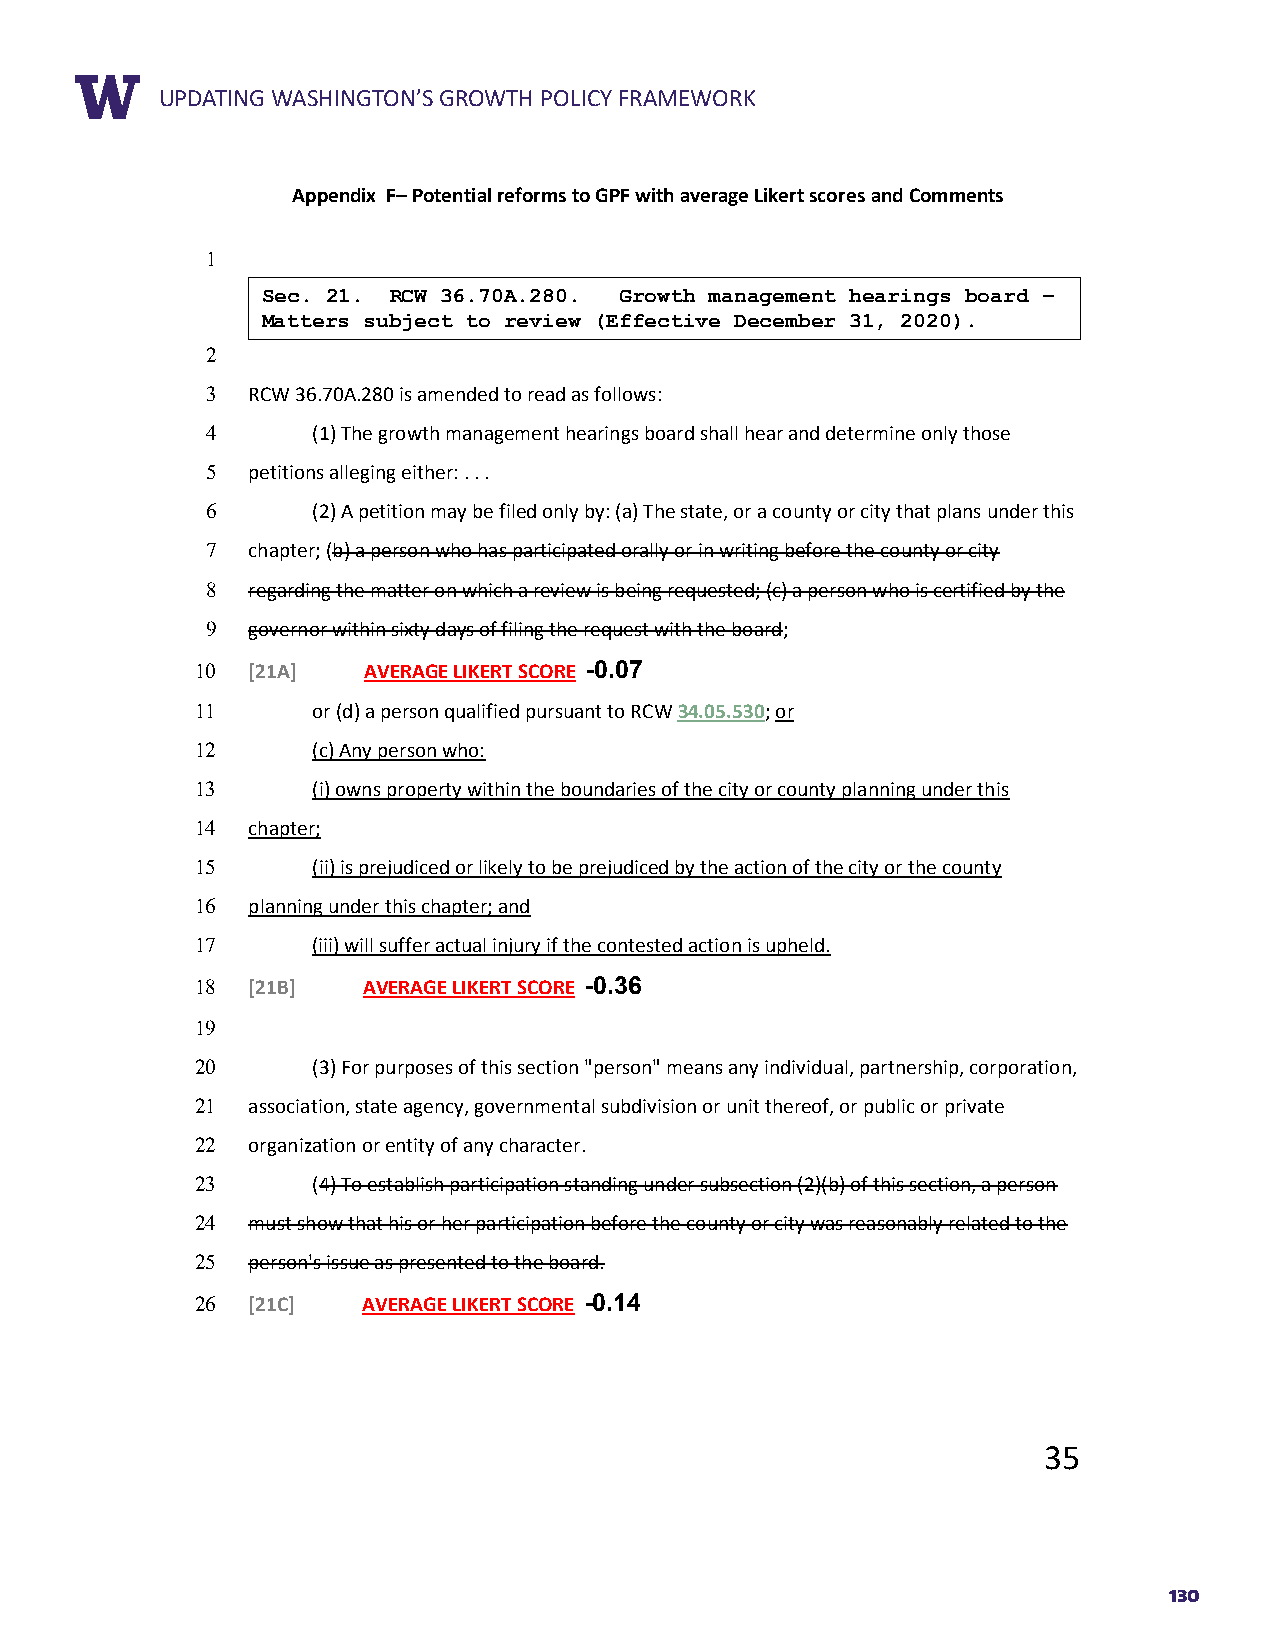
RUEPPDOARTTIN TGIT WLEASHINGTON’S GROWTH POLICY FRAMEWORK
 Appendix F– Potential reforms to GPF with average Likert scores and Comments
 1
 Sec. 21. RCW 36.70A.280. Growth management hearings board –
 Matters subject to review (Effective December 31, 2020).
 2
 3 RCW 36.70A.280 is amended to read as follows:
 4      (1) The growth management hearings board shall hear and determine only those
 5 petitions alleging either: . . .
 6      (2) A petition may be filed only by: (a) The state, or a county or city that plans under this
 7 chapter; (b) a person who has participated orally or in writing before the county or city
 8 regarding the matter on which a review is being requested; (c) a person who is certified by the
 9 governor within sixty days of filing the request with the board;
 10 [21A]   AVERAGE LIKERT SCORE -0.07
 11      or (d) a person qualified pursuant to RCW 34.05.530; or
 12      (c) Any person who:
 13      (i) owns property within the boundaries of the city or county planning under this
 14 chapter;
 15      (ii) is prejudiced or likely to be prejudiced by the action of the city or the county
 16 planning under this chapter; and
 17      (iii) will suffer actual injury if the contested action is upheld.
 18 [21B]   AVERAGE LIKERT SCORE -0.36
 19
 20      (3) For purposes of this section "person" means any individual, partnership, corporation,
 21 association, state agency, governmental subdivision or unit thereof, or public or private
 22 organization or entity of any character.
 23      (4) To establish participation standing under subsection (2)(b) of this section, a person
 24 must show that his or her participation before the county or city was reasonably related to the
 25 person's issue as presented to the board.
 26 [21C]   AVERAGE LIKERT SCORE -0.14
 35
 130